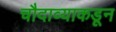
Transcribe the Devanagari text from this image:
चौदाव्याकडून